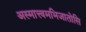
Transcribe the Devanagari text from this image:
अस्मात्त्वमभिजातोसि